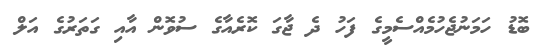
ބޮޑު ހަމަނުޖެހުމެއްސެމީގެ ފަހު ދެ ޖާގަ ކޮރެއާގެ ސުވޮން އާއި ގަތަރުގެ އަލް